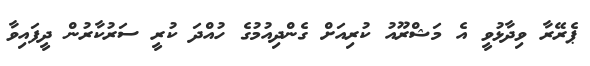
ޕެރޭރާ ވިދާޅުވީ އެ މަޝްރޫއު ކުރިއަށް ގެންދިއުމުގެ ހުއްދަ ކުރީ ސަރުކާރުން ދީފައިވާ